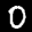
Label: 0